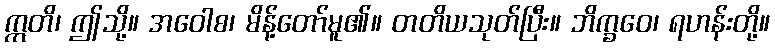
ဣတိ၊ ဤသို့။ အဝေါစ၊ မိန့်တော်မူ၏။ တတိယသုတ်ပြီး။ ဘိက္ခဝေ၊ ရဟန်းတို့။